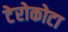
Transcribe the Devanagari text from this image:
टेरोकोटा